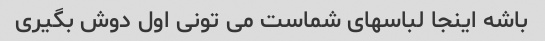
باشه اینجا لباسهای شماست می تونی اول دوش بگیری